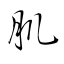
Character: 肌